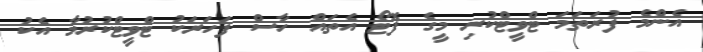
އެންމެ ފުރަތަމަ ޓްވީޓްކުރި މީގެ ފޮޓޯ އެތައް ހާސް ފަހަރަކު ޓްވީޓްކުރުމާ އެކު